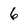
Character: 6